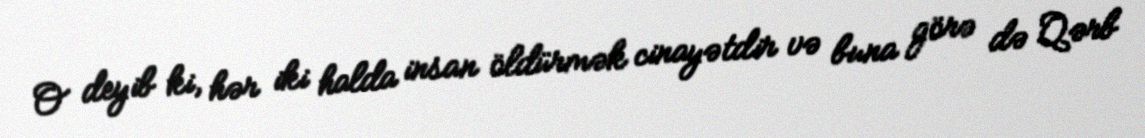
O deyib ki, hər iki halda insan öldürmək cinayətdir və buna görə də Qərb